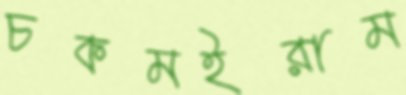
চকমইরাম